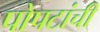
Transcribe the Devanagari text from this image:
पोपटांची